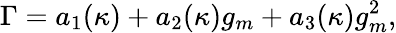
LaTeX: \Gamma=a_{1}(\kappa)+a_{2}(\kappa)g_{m}+a_{3}(\kappa)g_{m}^{2},